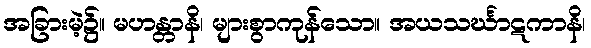
အခြားမဲ့၌။ မဟန္တာနိ၊ များစွာကုန်သော။ အယသင်္ဃာဋကာနိ၊